Civil Veterinary Department Bengal reports 1923-33 - 1923-1933
Year: 1923
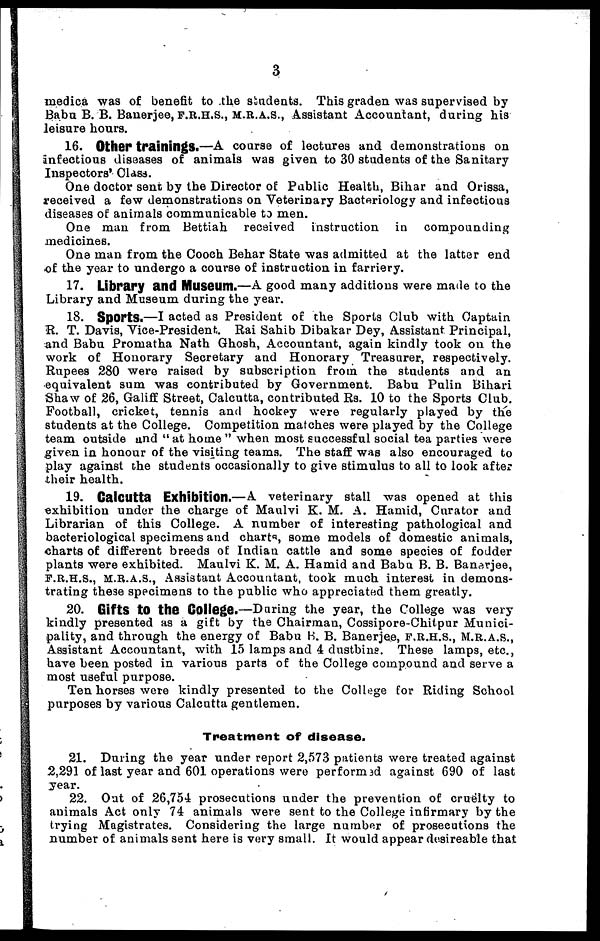
3
medica was of benefit to the sindents. This graden was supervised by
Babu B. B. Banerjee, F.R.H.S., M.R.A.S., Assistant Accountant, during his
leisure hours.
16. Other trainings.—A course of lectures and demonstrations on
infectious diseases of animals was given to 30 students of the Sanitary
Inspectors' Class.
One doctor sent by the Director of Public Health, Bihar and Orissa,
received a few demonstrations on Veterinary Bacteriology and infectious
diseases of animals communicable to men.
One man from Bettiah received instruction in compounding
medicines.
One man from the Cooch Behar State was admitted at the latter end
of the year to undergo a course of instruction in farriery.
17. Library and Museum.—A good many additions were made to the
Library and Museum during the year.
18. Sports.—I acted as President of the Sports Club with Captain
R. T. Davis, Vice-President. Rai Sahib Dibakar Dey, Assistant Principal,
and Babu Promatha Nath Ghosh, Accountant, again kindly took on the
work of Honorary Secretary and Honorary Treasurer, respectively.
Rupees 280 were raised by subscription from the students and an
equivalent sum was contributed by Government. Babu Pulin Bihari
Shaw of 26, Galiff Street, Calcutta, contributed Rs. 10 to the Sports Club.
Football, cricket, tennis and hockey were regularly played by the
students at the College. Competition matches were played by the College
team outside and " at home " when most successful social tea parties were
given in honour of the visiting teams. The staff was also encouraged to
play against the students occasionally to give stimulus to all to look after
their health.
19. Calcutta Exhibition.—A veterinary stall was opened at this
exhibition under the charge of Maulvi K. M. A. Hamid, Curator and
Librarian of this College. A number of interesting pathological and
bacteriological specimens and charts, some models of domestic animals,
charts of different breeds of Indian cattle and some species of fodder
plants were exhibited. Maulvi K. M. A. Hamid and Babu B. B. Banarjee,
F.R.H.S., M.R.A.S., Assistant Accountant, took much interest in demons-
trating these specimens to the public who appreciated them greatly.
20. Gifts to the College.—During the year, the College was very
kindly presented as a gift by the Chairman, Cossipore-Chitpur Munici-
pality, and through the energy of Babu B. B. Banerjee, F.R.H.S., M.R.A.S.,
Assistant Accountant, with 15 lamps and 4 dustbins. These lamps, etc.,
have been posted in various parts of the College compound and serve a
most useful purpose.
Ten horses were kindly presented to the College for Riding School
purposes by various Calcutta gentlemen.
Treatment of disease.
21. During the year under report 2,573 patients were treated against
2,291 of last year and 601 operations were performed against 690 of last
year.
22. Out of 26,754 prosecutions under the prevention of cruelty to
animals Act only 74 animals were sent to the College infirmary by the
trying Magistrates. Considering the large number of prosecutions the
number of animals sent here is very small. It would appear desireable that